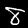
Label: 8